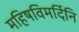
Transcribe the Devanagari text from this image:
महिषविमर्दिनि